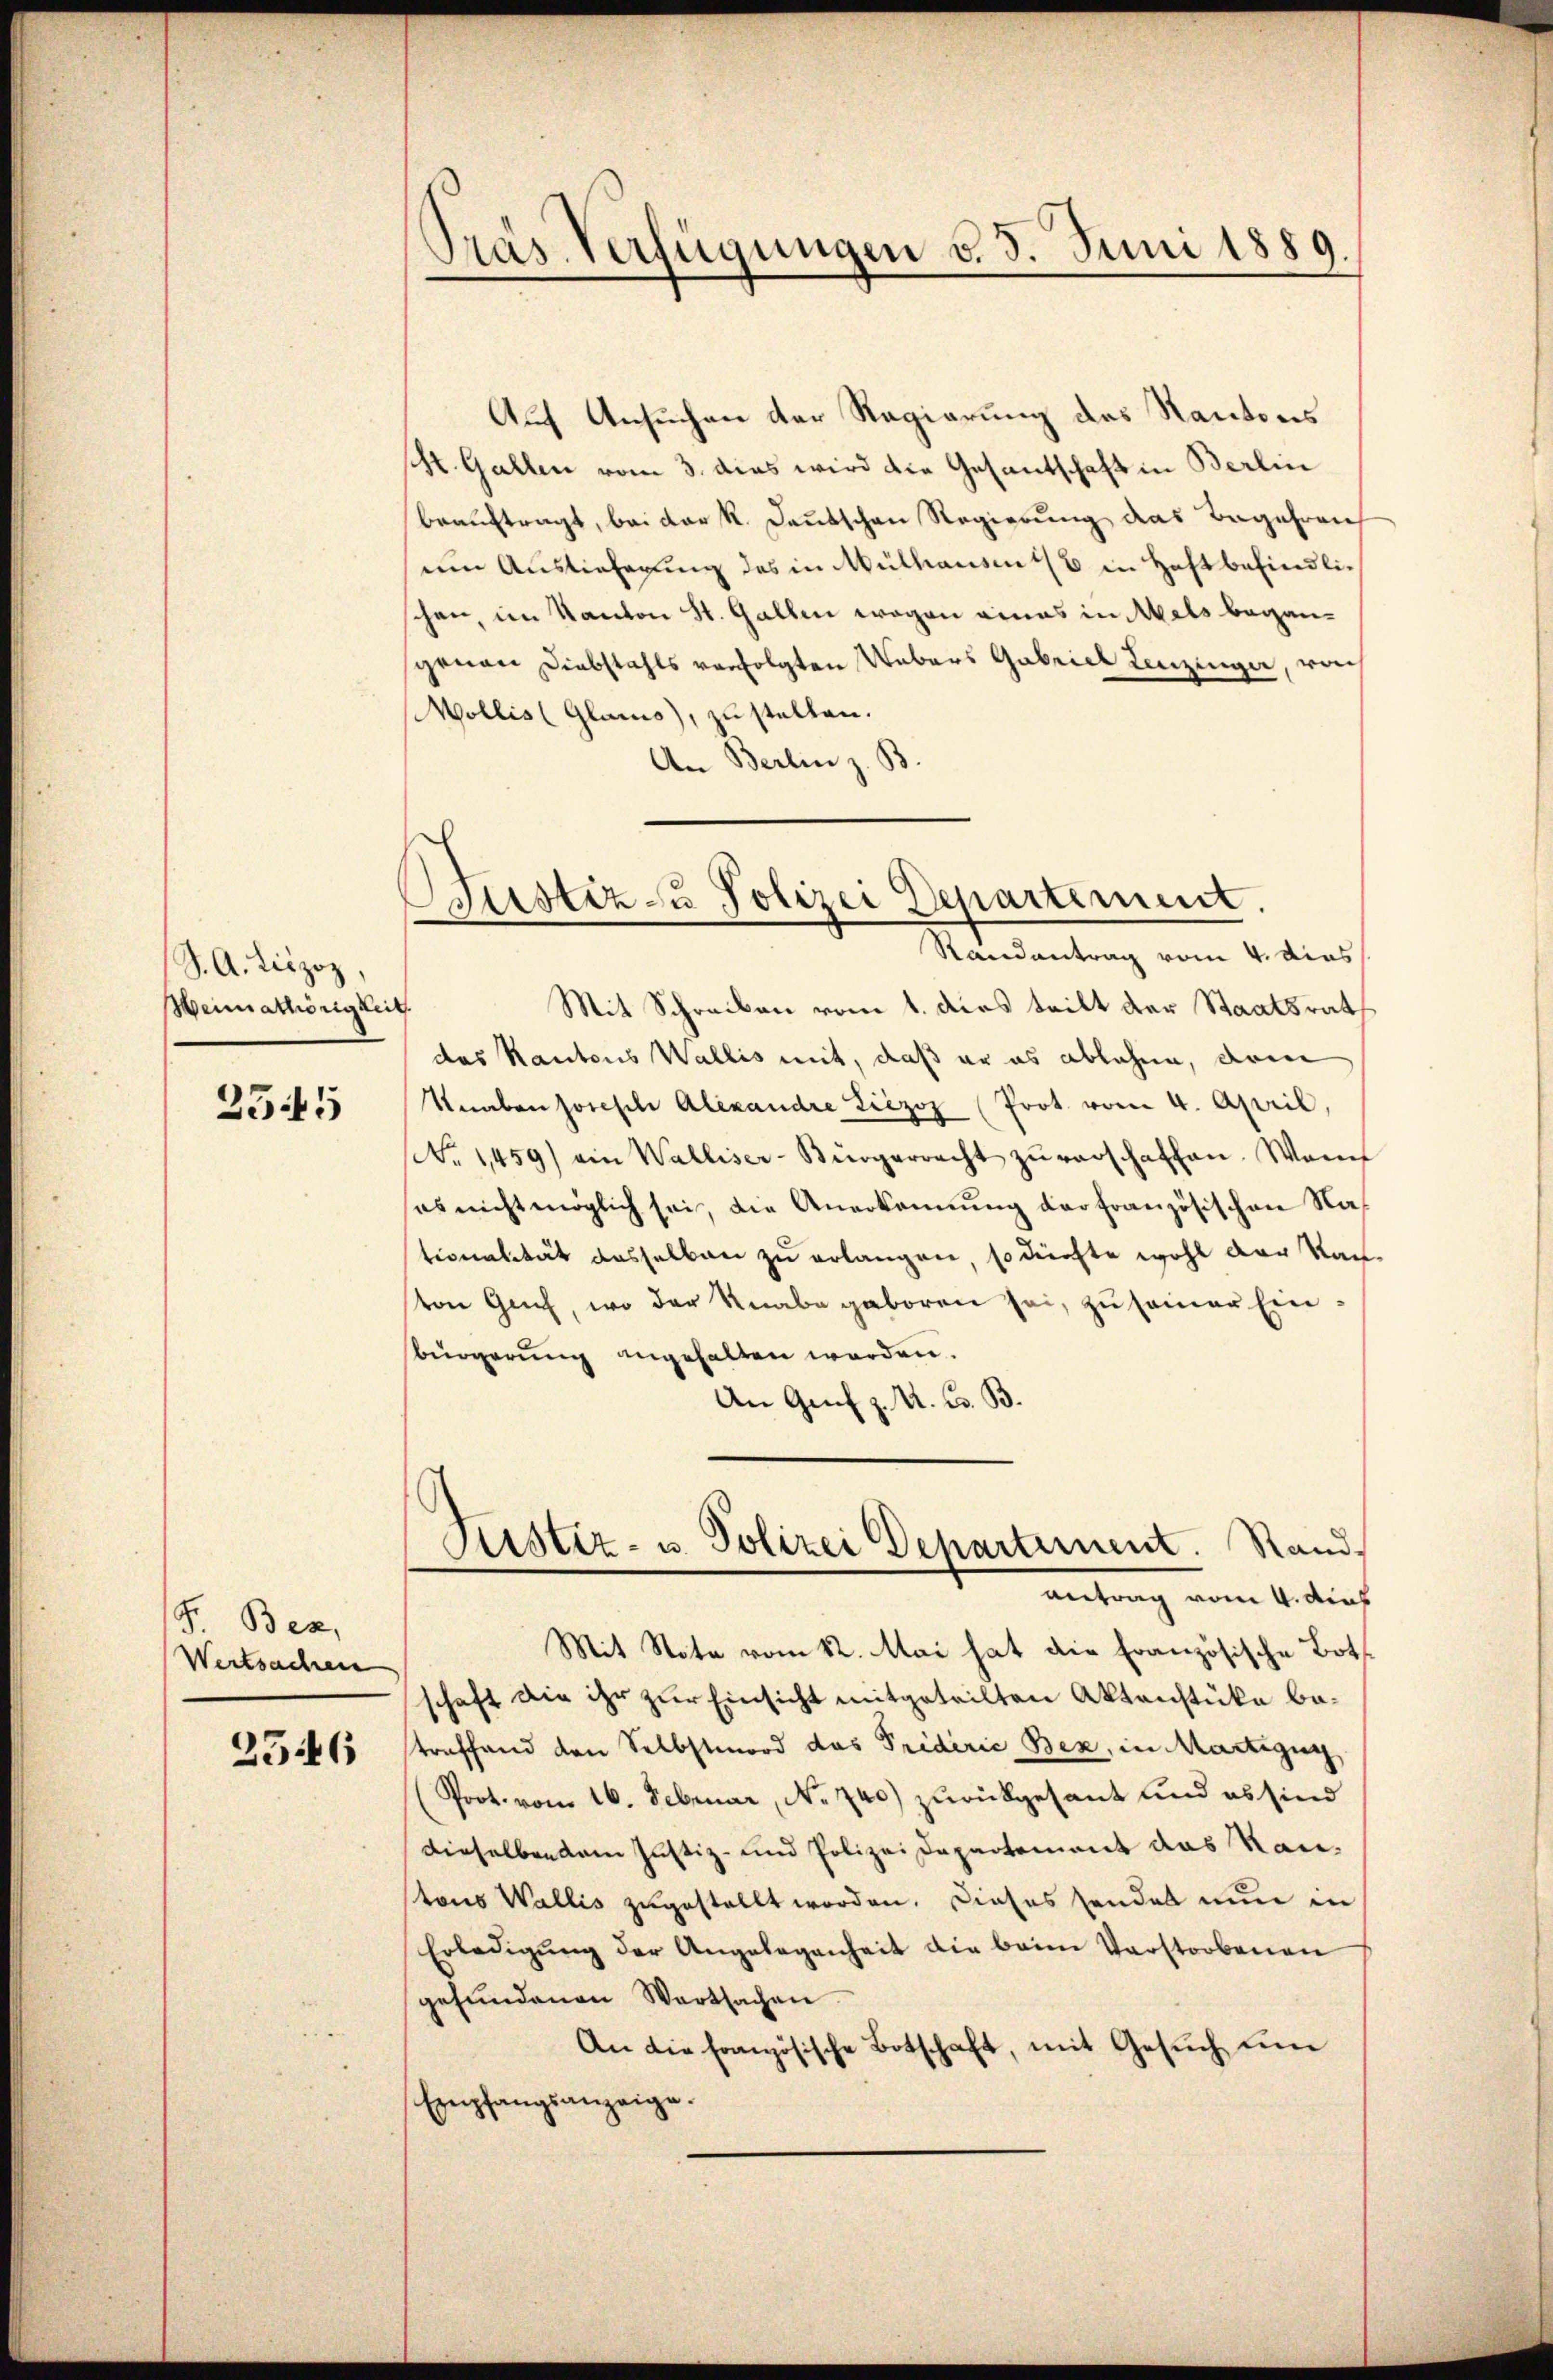
S. A. Liszoz,
Weimathörigkeit

2545

F. Bez
Wertsachen

2546

Pras Verfügungen d. 5. Juni 1889.

Justiz- u Polizei Departement.
Randantrag vom 4. dies

Auf Ansuchen der Regierung des Kantons
H. Gallen vom 3. dies wird die Gesantschaft in Berlin
beauftragt, bei der k. Kautschen Regierung das Begehren
um Auslieferung des in Mülhausen 1/6 in Haftbefindlischen, im Kanton St. Gallen wegen eines in Mals begangenen Diebstahls verfolgten Uebers Gabrich Lenzinger, von
Mollis (Glarus), zu stellen.
An Berlin z. B
Mit Schreiben vom 1. dies teilt der Staatsrat
das Kantons Wallis mit, daß er es ablehne, dem
Knaben Joseph Alexandre Liezoz (Prot. vom 4. April,
No 1459) ein Walliser-Bürgerrecht zŭ verschaffen. Wenn
es nicht möglich sei, die Anerkennung der französischen Nationalität dasselben zu erlangen, so dürfte wohl der Stad
ton Genf, wo der Knabe geboren sei, zu seiner Einbürgerŭng angehalten werden.
An Genf z. U. G. B.
Justiz- u. Polizei Departement. Rand
antrag vom 4. dies
Mit Note vom 12. Mai hat die Französische Botschaft die ihr zur Einsicht mitgeteilten Aktenstücke betreffend den Selbstmord das Triderie Bex, in Martigun
(Prot. vom 16. Februar, No 740) zurückgesant und es sind
dieselben dem Justiz- und Polizei Departement das Rautons Wallis zugestellt worden. Dieses sonder nun die
Erledigŭng der Angelegenheit die beim Verstorbenen
gefŭndenen Wertsachen.
An die französische Botschaft, mit Gesŭch ŭm
Empfangsanzeige.